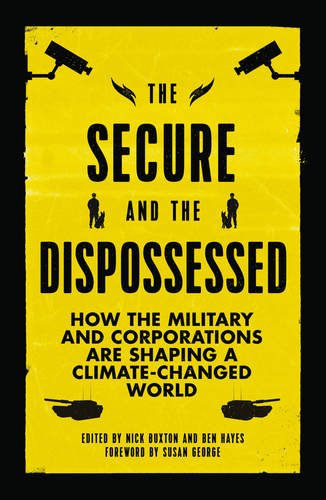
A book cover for The Secure and the Dispossessed: How the Military and Corporations Are Shaping a Climate-Changed World (Transnational Institute); Science & Math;